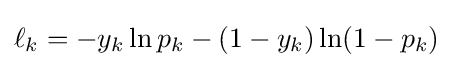
\ell _{k}=-y_{k}\ln p_{k}-(1-y_{k})\ln(1-p_{k})